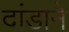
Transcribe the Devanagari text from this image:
दांडाने